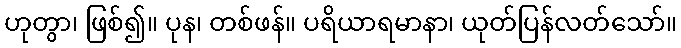
ဟုတွာ၊ ဖြစ်၍။ ပုန၊ တစ်ဖန်။ ပရိယာရမာနာ၊ ယုတ်ပြန်လတ်သော်။